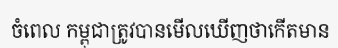
ចំពេល កម្ពុជាត្រូវបានមើលឃើញថាកើតមាន